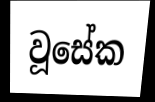
වූසේක